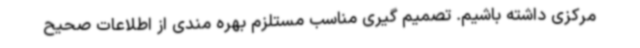
مرکزی داشته باشیم. تصمیم گیری مناسب مستلزم بهره مندی از اطلاعات صحیح